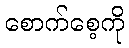
စောက်စေ့ကို